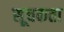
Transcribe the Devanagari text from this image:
सूचकता